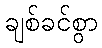
ချစ်ခင်စွာ